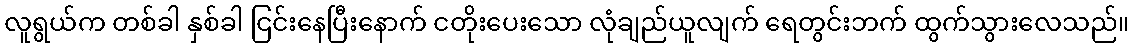
လူရွယ်က တစ်ခါ နှစ်ခါ ငြင်းနေပြီးနောက် ငတိုးပေးသော လုံချည်ယူလျက် ရေတွင်းဘက် ထွက်သွားလေသည်။